Report of the Indian Hemp Drugs Commission, 1894-1895 - Volume V
Year: 1894
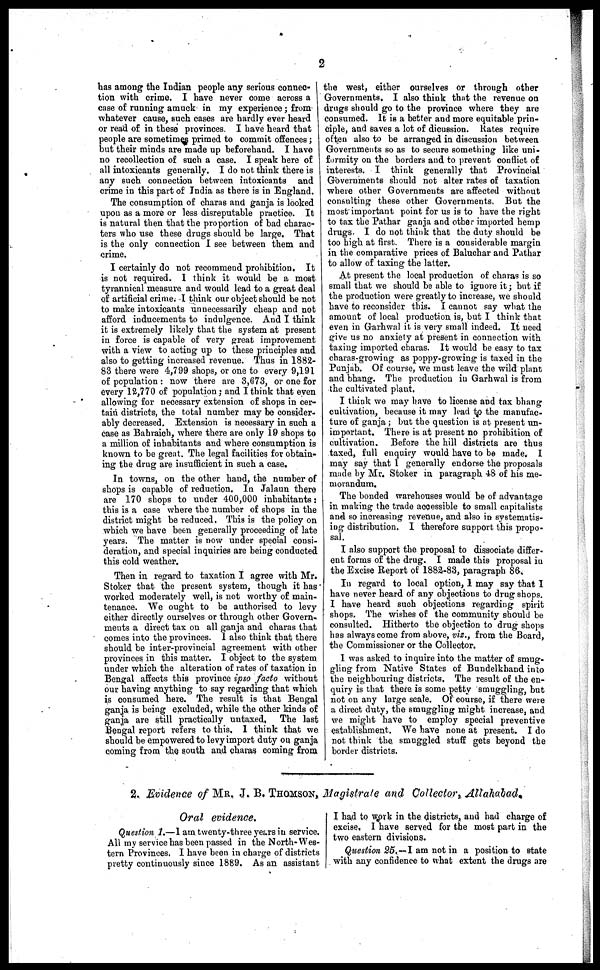
2
has among the Indian people any serious connec-
tion with crime. I have never come across a
case of running amuck in my experience; from
whatever cause, such cases are hardly ever heard
or read of in these provinces. I have heard that
people are sometimes primed to commit offences;
but their minds are made up beforehand. I have
no recollection of such a case. I speak here of
all intoxicants generally. I do not think there is
any such connection between intoxicants and
crime in this part of India as there is in England.
The consumption of charas and ganja is looked
upon as a more or less disreputable practice. It
is natural then that the proportion of bad charac-
ters who use these drugs should be large. That
is the only connection I see between them and
crime.
I certainly do not recommend prohibition. It
is not required. I think it would be a moat
tyrannical measure and would lead to a great deal
of artificial crime. I think our object should be not
to make intoxicants unnecessarily cheap and not
afford inducements to indulgence. And I think
it is extremely likely that the system at present
in force is capable of very great improvement
with a view to acting up to these principles and
also to getting increased revenue. Thus in 1882-
83 there were 4,799 shops, or one to every 9,191
of population: now there are 3,673, or one for
every 12,770 of population; and I think that even
allowing for necessary extension of shops in cer-
tain districts, the total number may be consider-
ably decreased. Extension is necessary in such a
case as Bahraich, where there are only 19 shops to
a million of inhabitants and where consumption is
known to be great. The legal facilities for obtain-
ing the drug are insufficient in such a case.
In towns, on the other hand, the number of
shops is capable of reduction. In Jalaun there
are 170 shops to under 400,000 inhabitants:
this is a case where the number of shops in the
district might be reduced. This is the policy on
which we have been generally proceeding of late
years. The matter is now under special consi-
deration, and special inquiries are being conducted
this cold weather.
Then in regard to taxation I agree with Mr.
Stoker that the present system, though it has
worked moderately well, is not worthy of main-
tenance. We ought to be authorised to levy
either directly ourselves or through other Govern-
ments a direct tax on all ganja and charas that
comes into the provinces. I also think that there
should be inter-provincial agreement with other
provinces in this matter. I object to the system
under which the alteration of rates of taxation in
Bengal affects this province ipso facto without
our having anything to say regarding that which
is consumed here. The result is that Bengal
ganja is being excluded, while the other kinds of
ganja are still practically untaxed, The last
Bengal report refers to this, I think that we
should be empowered to levy import duty on ganja
coming from the south and charas coming from
the west, either ourselves or through other
Governments. I also think that the revenue on
drugs should go to the province where they are
consumed. It is a better and more equitable prin-
ciple, and saves a lot of dicussion. Rates require
often also to be arranged in discussion between
Governments so as to secure something like uni-
formity on the borders and to prevent conflict of
interests. I think generally that Provincial
Governments should not alter rates of taxation
where other Governments are affected without
consulting these other Governments. But the
most important point for us is to have the right
to tax the Pathar ganja and other imported hemp
drugs. I do not think that the duty should be
too high at first. There is a considerable margin
in the comparative prices of Baluchar and Pathar
to allow of taxing the latter.
At present the local production of charas is so
small that we should be able to ignore it; but if
the production were greatly to increase, we should
have to reconsider this. I cannot say what the
amount of local production is, but I think that
even in Garhwal it is very small indeed. It need
give us no anxiety at present in connection with
taxing imported charas. It would be easy to tax
charas-growing as poppy-growing is taxed in the
Punjab. Of course, we must leave the wild plant
and bhang. The production in Garhwal is from
the cultivated plant.
I think we may have to license and tax bhang
cultivation, because it may lead to the manufac-
ture of ganja; but the question is at present un-
important. There is at present no prohibition of
cultivation. Before the hill districts are thus
taxed, full enquiry would have to be made. I
may say that I generally endorse the proposals
made by Mr. Stoker in paragraph 48 of his me-
morandum.
The bonded warehouses would be of advantage
in making the trade accessible to small capitalists
and so increasing revenue, and also in systematis-
ing distribution. I therefore support this propo-
sal.
I also support the proposal to dissociate differ-
ent forms of the drug. I made this proposal in
the Excise Report of 18855-83, paragraph 86.
In regard to local option, I may say that I
have never heard of any objections to drug shops.
I have heard such objections regarding spirit
shops. The wishes of the community should be
consulted. Hitherto the objection to drug shops
has always come from above, viz., from the Board,
the Commissioner or the Collector.
I was asked to inquire into the matter of smug-
gling from Native States of Bundelkhand into
the neighbouring districts. The result of the en-
quiry is that there is some petty smuggling, but
not on any large scale. Or course, if there were
a direct duty, the smuggling might increase, and
we might have to employ special preventive
establishment. We have none at present. I do
not think the smuggled stuff gets beyond the
border districts.
Oral evidence.
Question 1.—I am twenty-three years in service.
All my service has been passed in the North-Wes-
tern Provinces, I have been in charge of districts
pretty continuously since 1889. As an assistant
I had to work in the districts, and bad charge of
excise. I have served for the most part in the
two eastern divisions.
Question 25.-I am not in a position to state
with any confidence to what extent the drugs are
2. Evidence of MR. J. B. THOMSON, Magistrate and Collector, Allahabad.